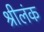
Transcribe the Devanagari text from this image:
श्रीलंक